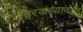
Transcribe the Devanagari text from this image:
विरकच्यावास